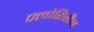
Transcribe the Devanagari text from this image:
फ्लोरिसीन